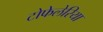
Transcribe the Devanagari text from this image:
टोफेलेरिया